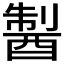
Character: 𨡐